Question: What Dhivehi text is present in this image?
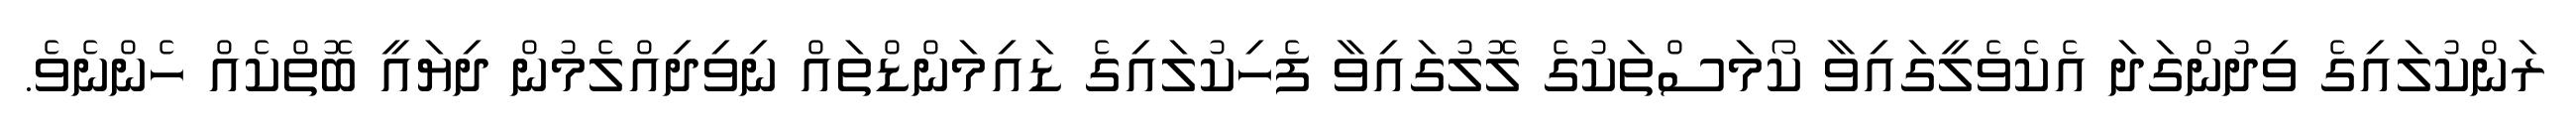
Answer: ރަންކުލައިގެ ވިދުންގަދަ އެކެވެލީގައިވާ ކޯމަސްތަކުގެ ލޮލުގައިވާ ފެހިކުލައިގެ ޑައިމަންޑްތައް ނިވިދިއްލެމުން ދިޔައީ ބޮތްކެއް ހެންނެވެ.